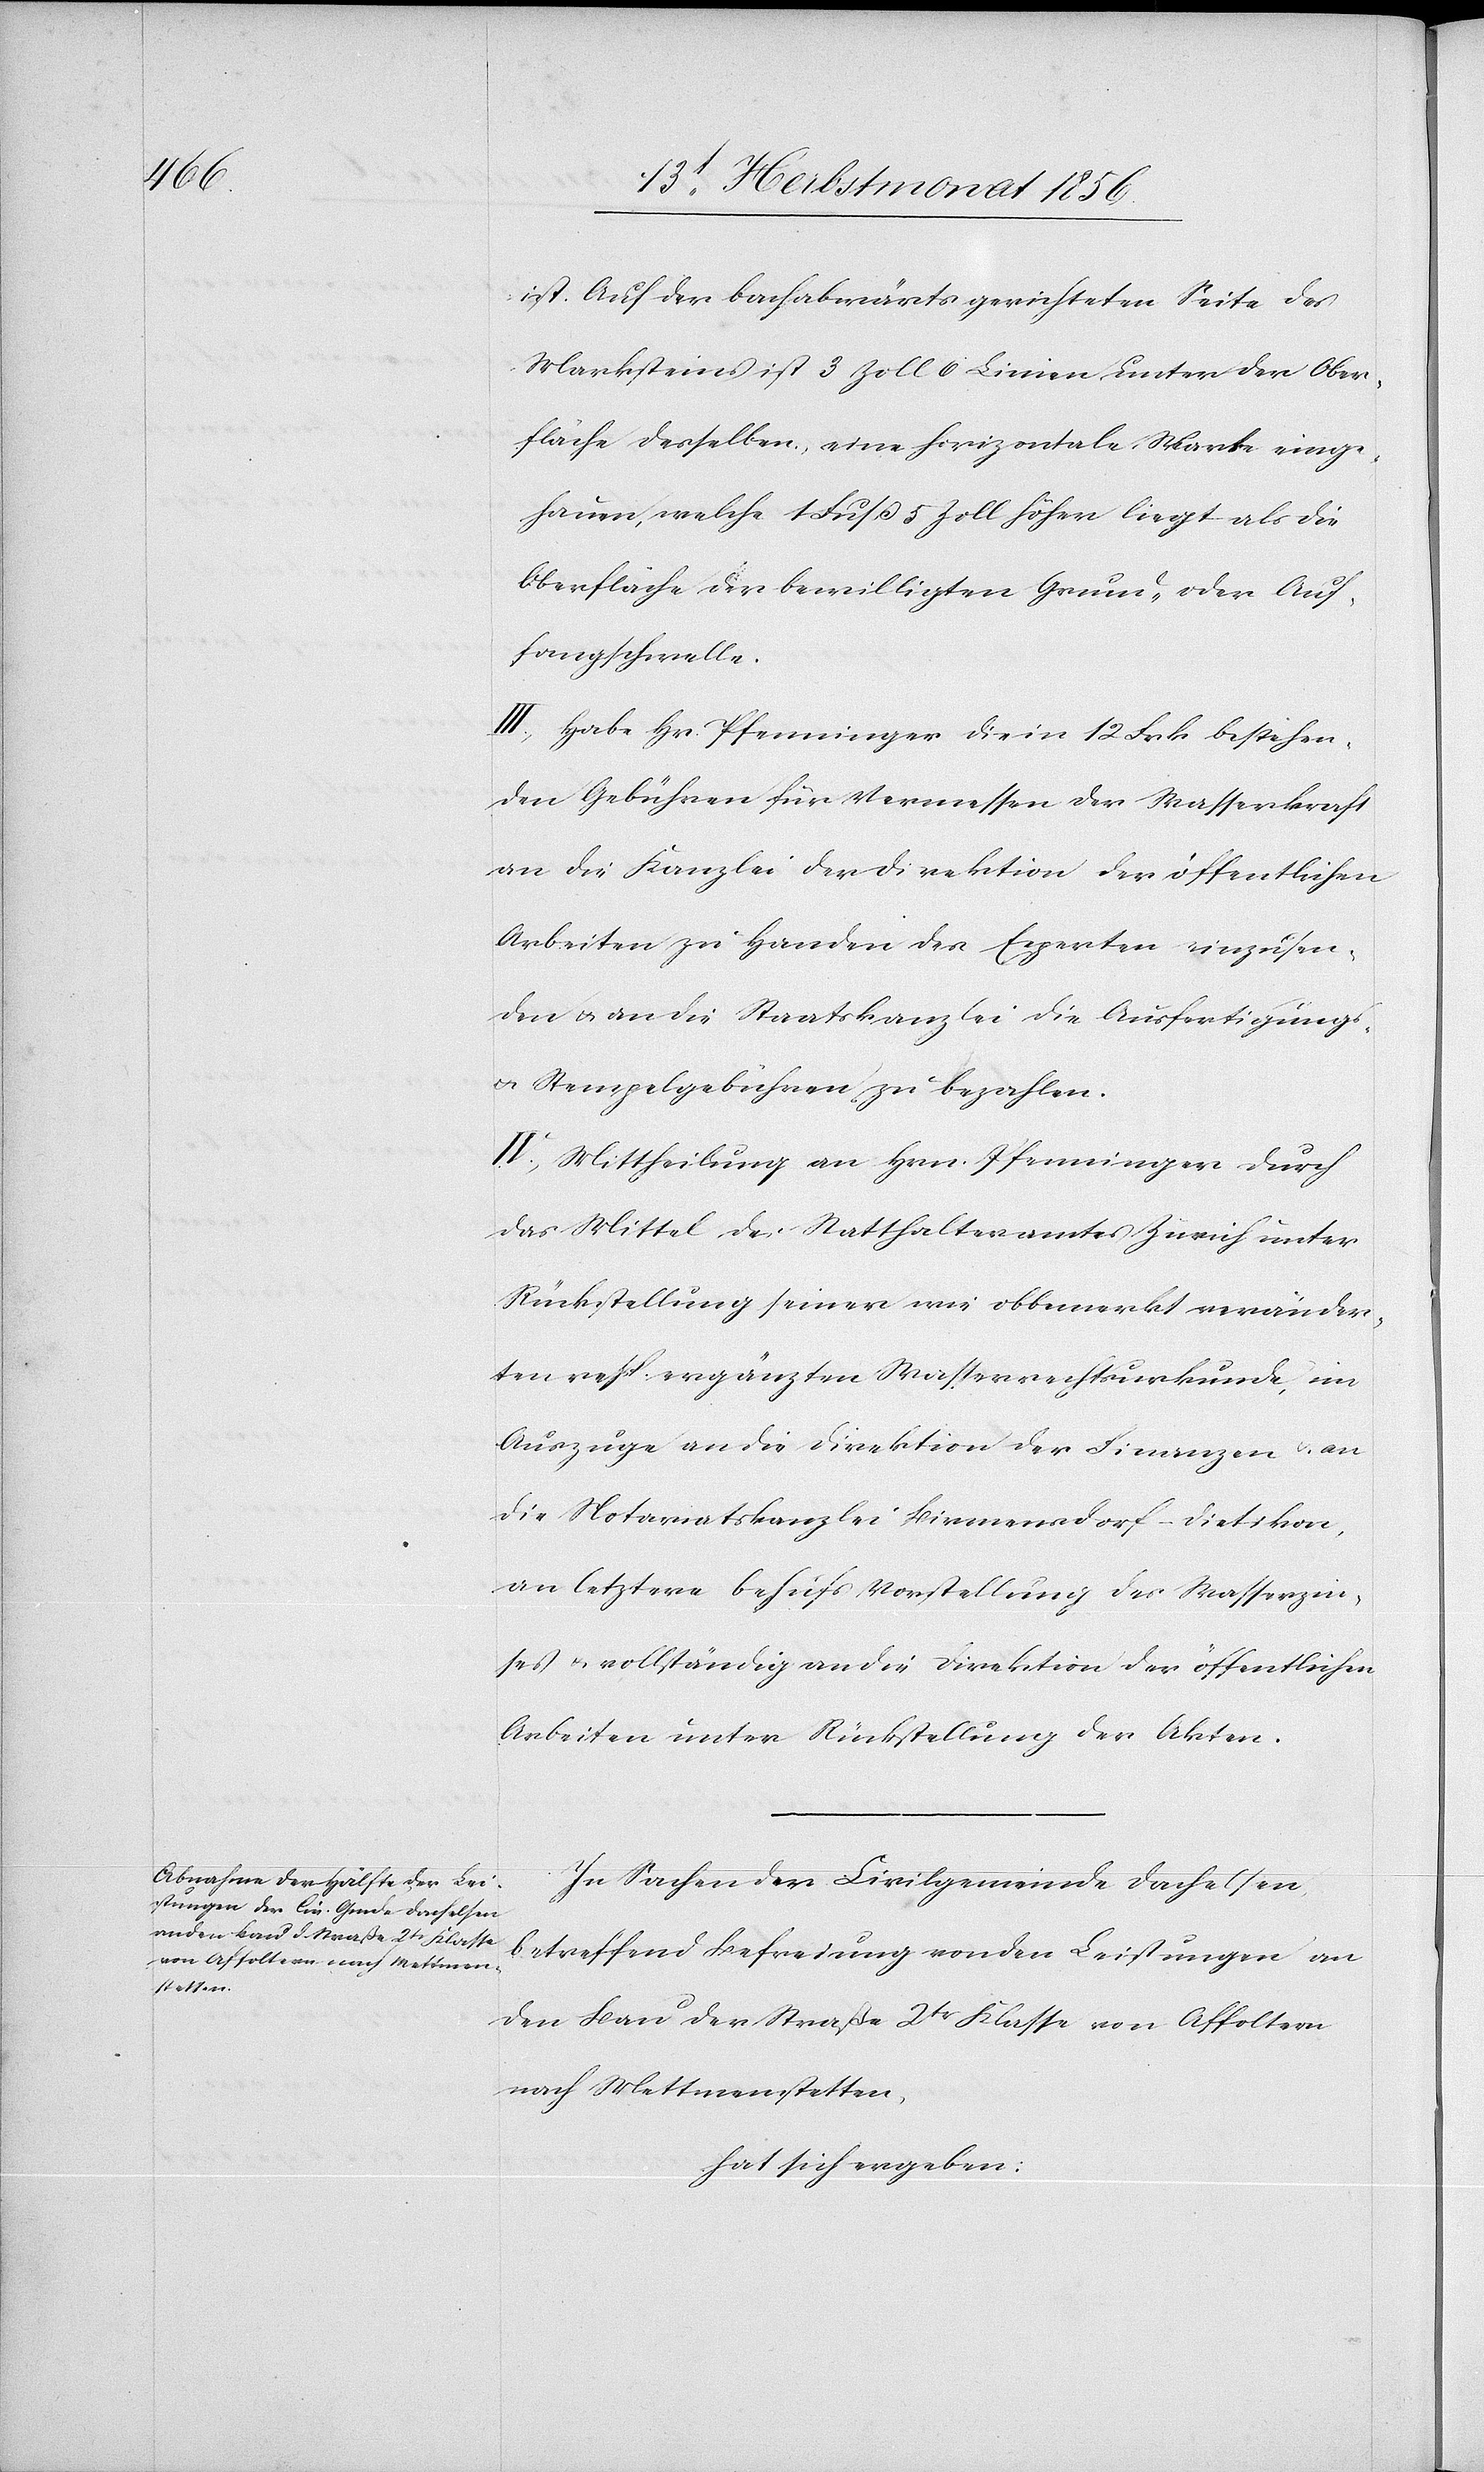
ist. Auf der bachabwärts gerichteten Seite des
Marksteines ist 3 Zoll 6 Linien unter der Ober¬
fläche desselben, eine horizontale Marke einge¬
hauen, welche 1 Fuß 5 Zoll höher liegt als die
Oberfläche der bewilligten Grund- oder Auf¬
fangschwelle.
III.) Habe Hr. Pfenninger die in 12 Frk. bestehen¬
den Gebühren für Vermessen der Wasserkraft
an die Kanzlei der Direktion der öffentlichen
Arbeiten zu Handen des Experten einzusen¬
den u. an die Staatskanzlei die Ausfertigungs-
u. Stempelgebühren zu bezahlen.
IV.) Mittheilung an Hrn. Pfenninger durch
das Mittel des Statthalteramtes Zürich unter
Rückstellung seiner wie obbemerkt veränder¬
ten resp. ergänzten Wasserrechtsurkunde, im
Auszuge an die Direktion der Finanzen u. an
die Notariatskanzlei Birmensdorf-Dietikon,
an letztere behufs Vorstellung des Wasserzin¬
ses u. vollständig an die Direktion der öffentlichen
Arbeiten unter Rückstellung der Akten.
In Sachen der Civilgemeinde Dachelsen
betreffend Befreiung von den Leistungen an
den Bau der Straße 2tr Klasse von Affoltern
nach Mettmenstetten,
hat sich ergeben: